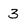
Character: 3